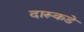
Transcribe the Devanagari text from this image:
दारूकडे